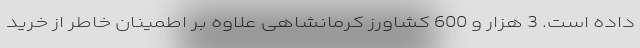
داده است. 3 هزار و 600 کشاورز کرمانشاهی علاوه بر اطمینان خاطر از خرید